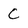
Character: C